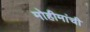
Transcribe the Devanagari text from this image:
मोहीमांची